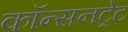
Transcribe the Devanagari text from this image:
कॉन्सनट्रेट